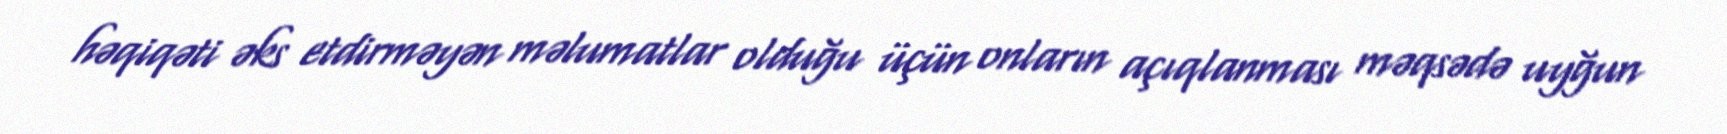
həqiqəti əks etdirməyən məlumatlar olduğu üçün onların açıqlanması məqsədə uyğun